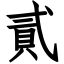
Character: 貳